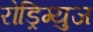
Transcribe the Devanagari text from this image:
रोड्रिग्युज